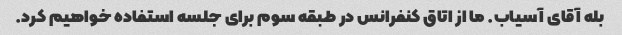
بله آقای آسیاب. ما از اتاق کنفرانس در طبقه سوم برای جلسه استفاده خواهیم کرد.